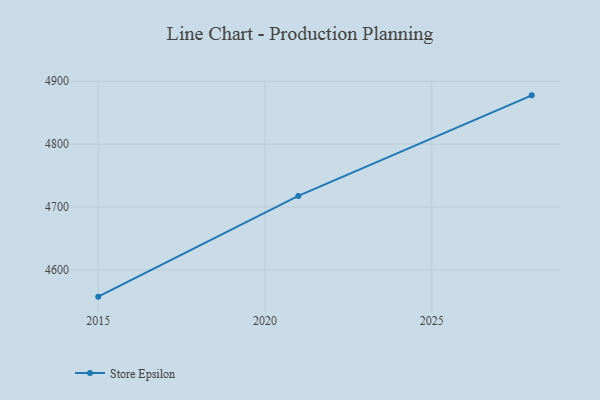
{"axis": {"x": "Year", "y": "Inventory Turnover"}, "legend": ["Store Epsilon"], "data": [{"x": "2015", "y": 4557.4, "type": "Store Epsilon"}, {"x": "2021", "y": 4717.6, "type": "Store Epsilon"}, {"x": "2028", "y": 4877.6, "type": "Store Epsilon"}]}